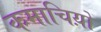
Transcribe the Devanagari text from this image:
कमाचिय़ों